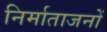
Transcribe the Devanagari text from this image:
निर्माताजनों